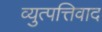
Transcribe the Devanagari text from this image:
व्युत्पत्तिवाद